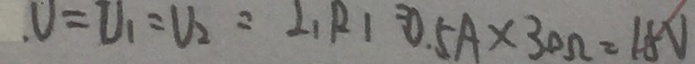
U = U _ { 1 } = U _ { 2 } = I _ { 1 } R _ { 1 } = 0 . 5 A \times 3 0 \Omega = 1 5 V